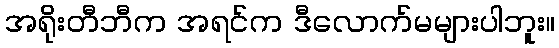
အရိုးတီဘီက အရင်က ဒီလောက်မများပါဘူး။